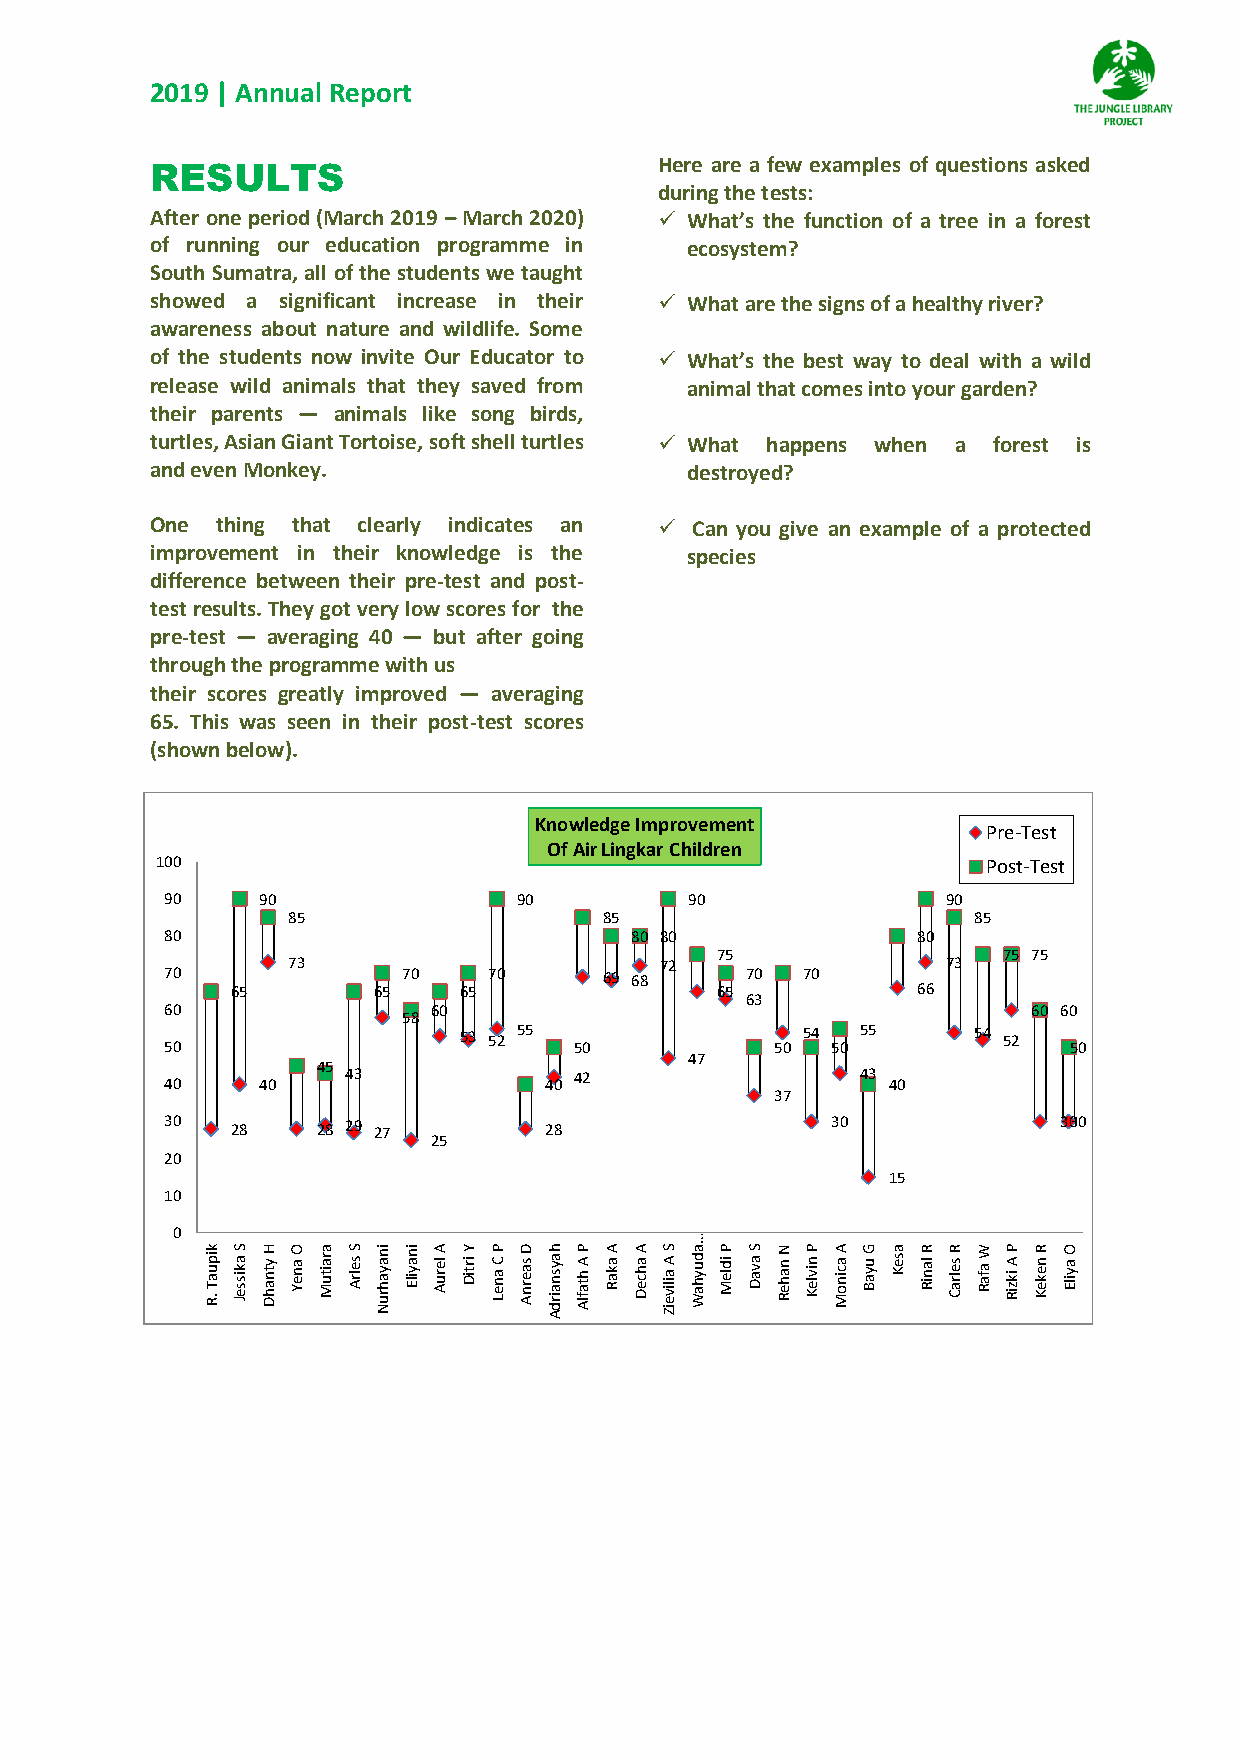
2019 | Annual Report
 Here are a few examples of questions asked
 RESULTS
 during the tests:
 After one period (March 2019 – March 2020)  What’s the function of a tree in a forest
 of running our education programme in ecosystem?
 South Sumatra, all of the students we taught
 showed a significant increase in their  What are the signs of a healthy river?
 awareness about nature and wildlife. Some
 of the students now invite Our Educator to  What’s the best way to deal with a wild
 release wild animals that they saved from animal that comes into your garden?
 their parents — animals like song birds,
 turtles, Asian Giant Tortoise, soft shell turtles  What happens when a forest is
 and even Monkey.                   destroyed?
 One thing that clearly indicates an  Can you give an example of a protected
 improvement in their knowledge is the species
 difference between their pre-test and post-
 test results. They got very low scores for the
 pre-test — averaging 40 — but after going
 through the programme with us
 their scores greatly improved — averaging
 65. This was seen in their post-test scores
 (shown below).
 Knowledge Improvement
 Pre-Test
 Of Air Lingkar Children
 100                                                    Post-Test
 90    90               90          90               90
 85                   85                      85
 80                             80 80              80
 75                 75 75
 73                       72                 73
 70              70   70      69 68    70  70
 65        65   65               65            66
 63
 60                60                                     60 60
 58
 53 52 55               54  55     54 52
 50                         50           50  50              50
 47
 45
 43             42                 43
 40    40                 40                     40
 37
 30  28    28 29 27       28                 30             303 0
 25
 20
 15
 10
 0
 …
 k
 ip u a T .R
 S
 a k is s e J
 H
 y tn a h D
 O
 a n e Y
 a
 ra itu M
 S
 s e lrA
 in
 a y a h ru
 N
 in
 a y ilE
 A
 le ru A
 Y
 irtiD
 P
 C a n e L
 D
 s a e rn A
 h
 a y s n a ird
 A
 P
 A h ta flA
 A
 a k a R
 A
 a h c e D
 S
 A a iliv e
 iZ
 a
 d u y h a W
 P
 id le M
 S
 a v a D
 N
 n a h e R
 P
 n iv le K
 A
 a c in o M
 G
 u y a B
 a
 s e K
 R
 la n iR
 R
 s e lra C
 W
 a fa R
 P
 A ik z iR
 R
 n e k e K
 O
 a y ilE